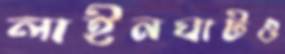
লাইনঘাটও